Vaccination report Assam 1874-1896 - 1874-1896
Year: 1874
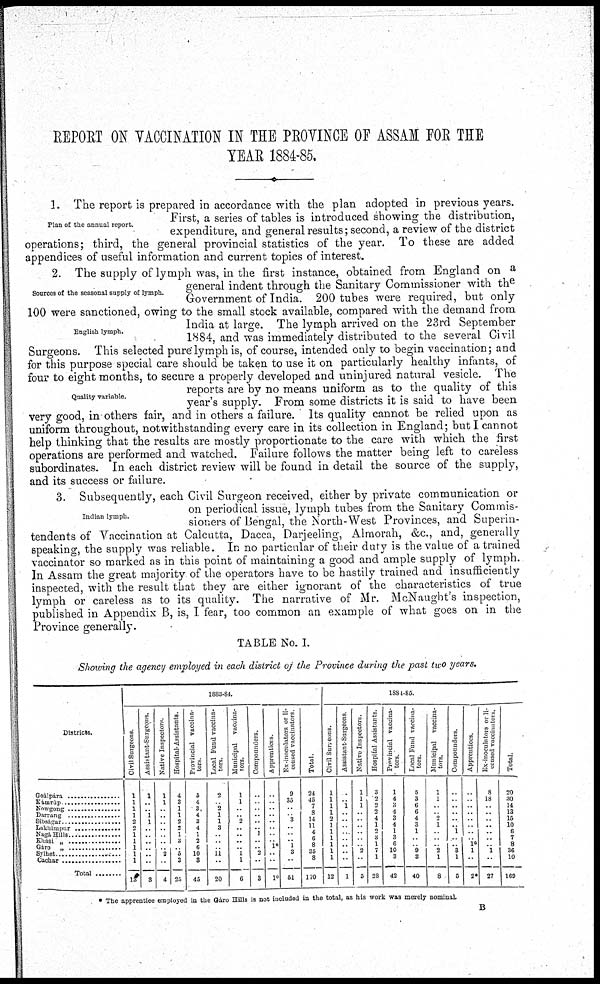
REPORT ON VACCINATION IN THE PROVINCE OF ASSAM FOR THE
YEAR 1884-85.
Plan of the annual report.
1. The report is prepared in accordance with the plan adopted in previous years.
First, a series of tables is introduced showing the distribution,
expenditure, and general results; second, a review of the district
operations; third, the general provincial statistics of the year. To these are added
appendices of useful information and current topics of interest.
Sources of the seasonal supply of lymph.
English lymph.
Quality variable.
2. The supply of lymph was, in the first instance, obtained from England on a
general indent through the Sanitary Commissioner with the
Government of India. 200 tubes were required, but only
100 were sanctioned, owing to the small stock available, compared with the demand from
India at large. The lymph arrived on the 23rd September
1884, and was immediately distributed to the several Civil
Surgeons. This selected pure lymph is, of course, intended only to begin vaccination; and
for this purpose special care should be taken to use it on particularly healthy infants, of
four to eight months, to secure a properly developed and uninjured natural vesicle. The
reports are by no means uniform as to the quality of this
year's supply. From some districts it is said to have been
very good, in others fair, and in others a failure. Its quality cannot be relied upon as
uniform throughout, notwithstanding every care in its collection in England; but I cannot
help thinking that the results are mostly proportionate to the care with which the first
operations are performed and watched. Failure follows the matter being left to careless
subordinates. In each district review will be found in detail the source of the supply,
and its success or failure.
Indian lymph.
3. Subsequently, each Civil Surgeon received, either by private communication or
on periodical issue, lymph tubes from the Sanitary Commis-
sioners of Bengal, the North-West Provinces, and Superin-
tendents of Vaccination at Calcutta, Dacca, Darjeeling, Almorah, &c., and, generally
speaking, the supply was reliable. In no particular of their duty is the value of a trained
vaccinator so marked as in this point of maintaining a good and ample supply of lymph.
In Assam the great majority of the operators have to be hastily trained and insufficiently
inspected, with the result that they are either ignorant of the characteristics of true
lymph or careless as to its quality. The narrative of Mr. McNaught's inspection,
published in Appendix B, is, I fear, too common an example of what goes on in the
Province generally.
TABLE No. I.
Showing the agency employed in each district of the Province during the past two years.
Districts.
Goálpar ..................
kamrup .....................
Nowgong ..................
Darrang .....................
Sibságar .....................
Lakhimpur ..................
Nagá Hills ..................
Khási„ ...........................
Gáro „ ...........................
Sylhet ...........................
Cachar ........................
Total ............
1883-84.
Civil Surgeons.
1
1
1
1
2
2
1
1
1
1
1
13
Assistant-Surgeons.
1
..
.. 1
1
..
..
..
..
..
..
3
Native Inspectors
1
1
..
..
.. ..
.. ..
.. 2
..
4
Hospital-Assistants.
4
3
1
1
2
2
1
3
.. 5 3
25
Provincial vaccina-
tors
5
4
3
4
3 4
1
2
6
10
3
45
Local Fund vaccina-
tors.
2
.. 2
1
1
3
..
..
.. 11
..
20
Municipal vaccina-
tors.
1
1
..
.. 2
..
.. ..
.. 1
1
6
Compounders.
..
..
.. ..
..
.. 1
..
.. 2
..
3
Apprentices.
..
..
..
..
..
..
..
.. 1*
..
..
10
Ex-inoculators or li-
censed vaccinators
9
35
..
.. 3
..
.. .. 1
3
..
51
Total.
24
45
7
3
14
11
4
6
8
35
8
170
1884-85
Civil Surgeons.
1
1
1
1
2
1
1 1
1
1
1
12
Assistant-Surgeons
..
.. 1
..
..
..
..
..
..
..
..
1
Native Inspectors.
1
1
1
..
..
..
..
..
.. 2
..
5
Hospital Assistants
3
2 2
2
4
1
2
3
1
7
1
28
Provincial vaccina-
tors
1
4
3
4
3
4
1 3
6
10
3
42
Local Fund vaccina-
tors
5
3
6
6
4
3
1 ..
.. 9
3
40
Municipal vaccina-
tors
1
1
..
..
2
1
..
.. ..
2
1
8
Compounders.
..
..
..
..
..
.. 1
..
.. 3
1
5
Apprentices.
..
..
..
..
..
..
..
.. 1*
1
..
2*
Ex-inoculators
or li-
censed vaccinators
8
18
..
..
..
.. ..
.. .. 1
..
27
Total.
20
80
14
13
15
10
6
7
8
36
10
169
* The apprentice employed in the Gáro Hills is not included in the total, as his work was merely nominal.
B